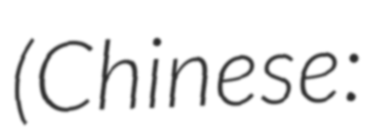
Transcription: (Chinese: